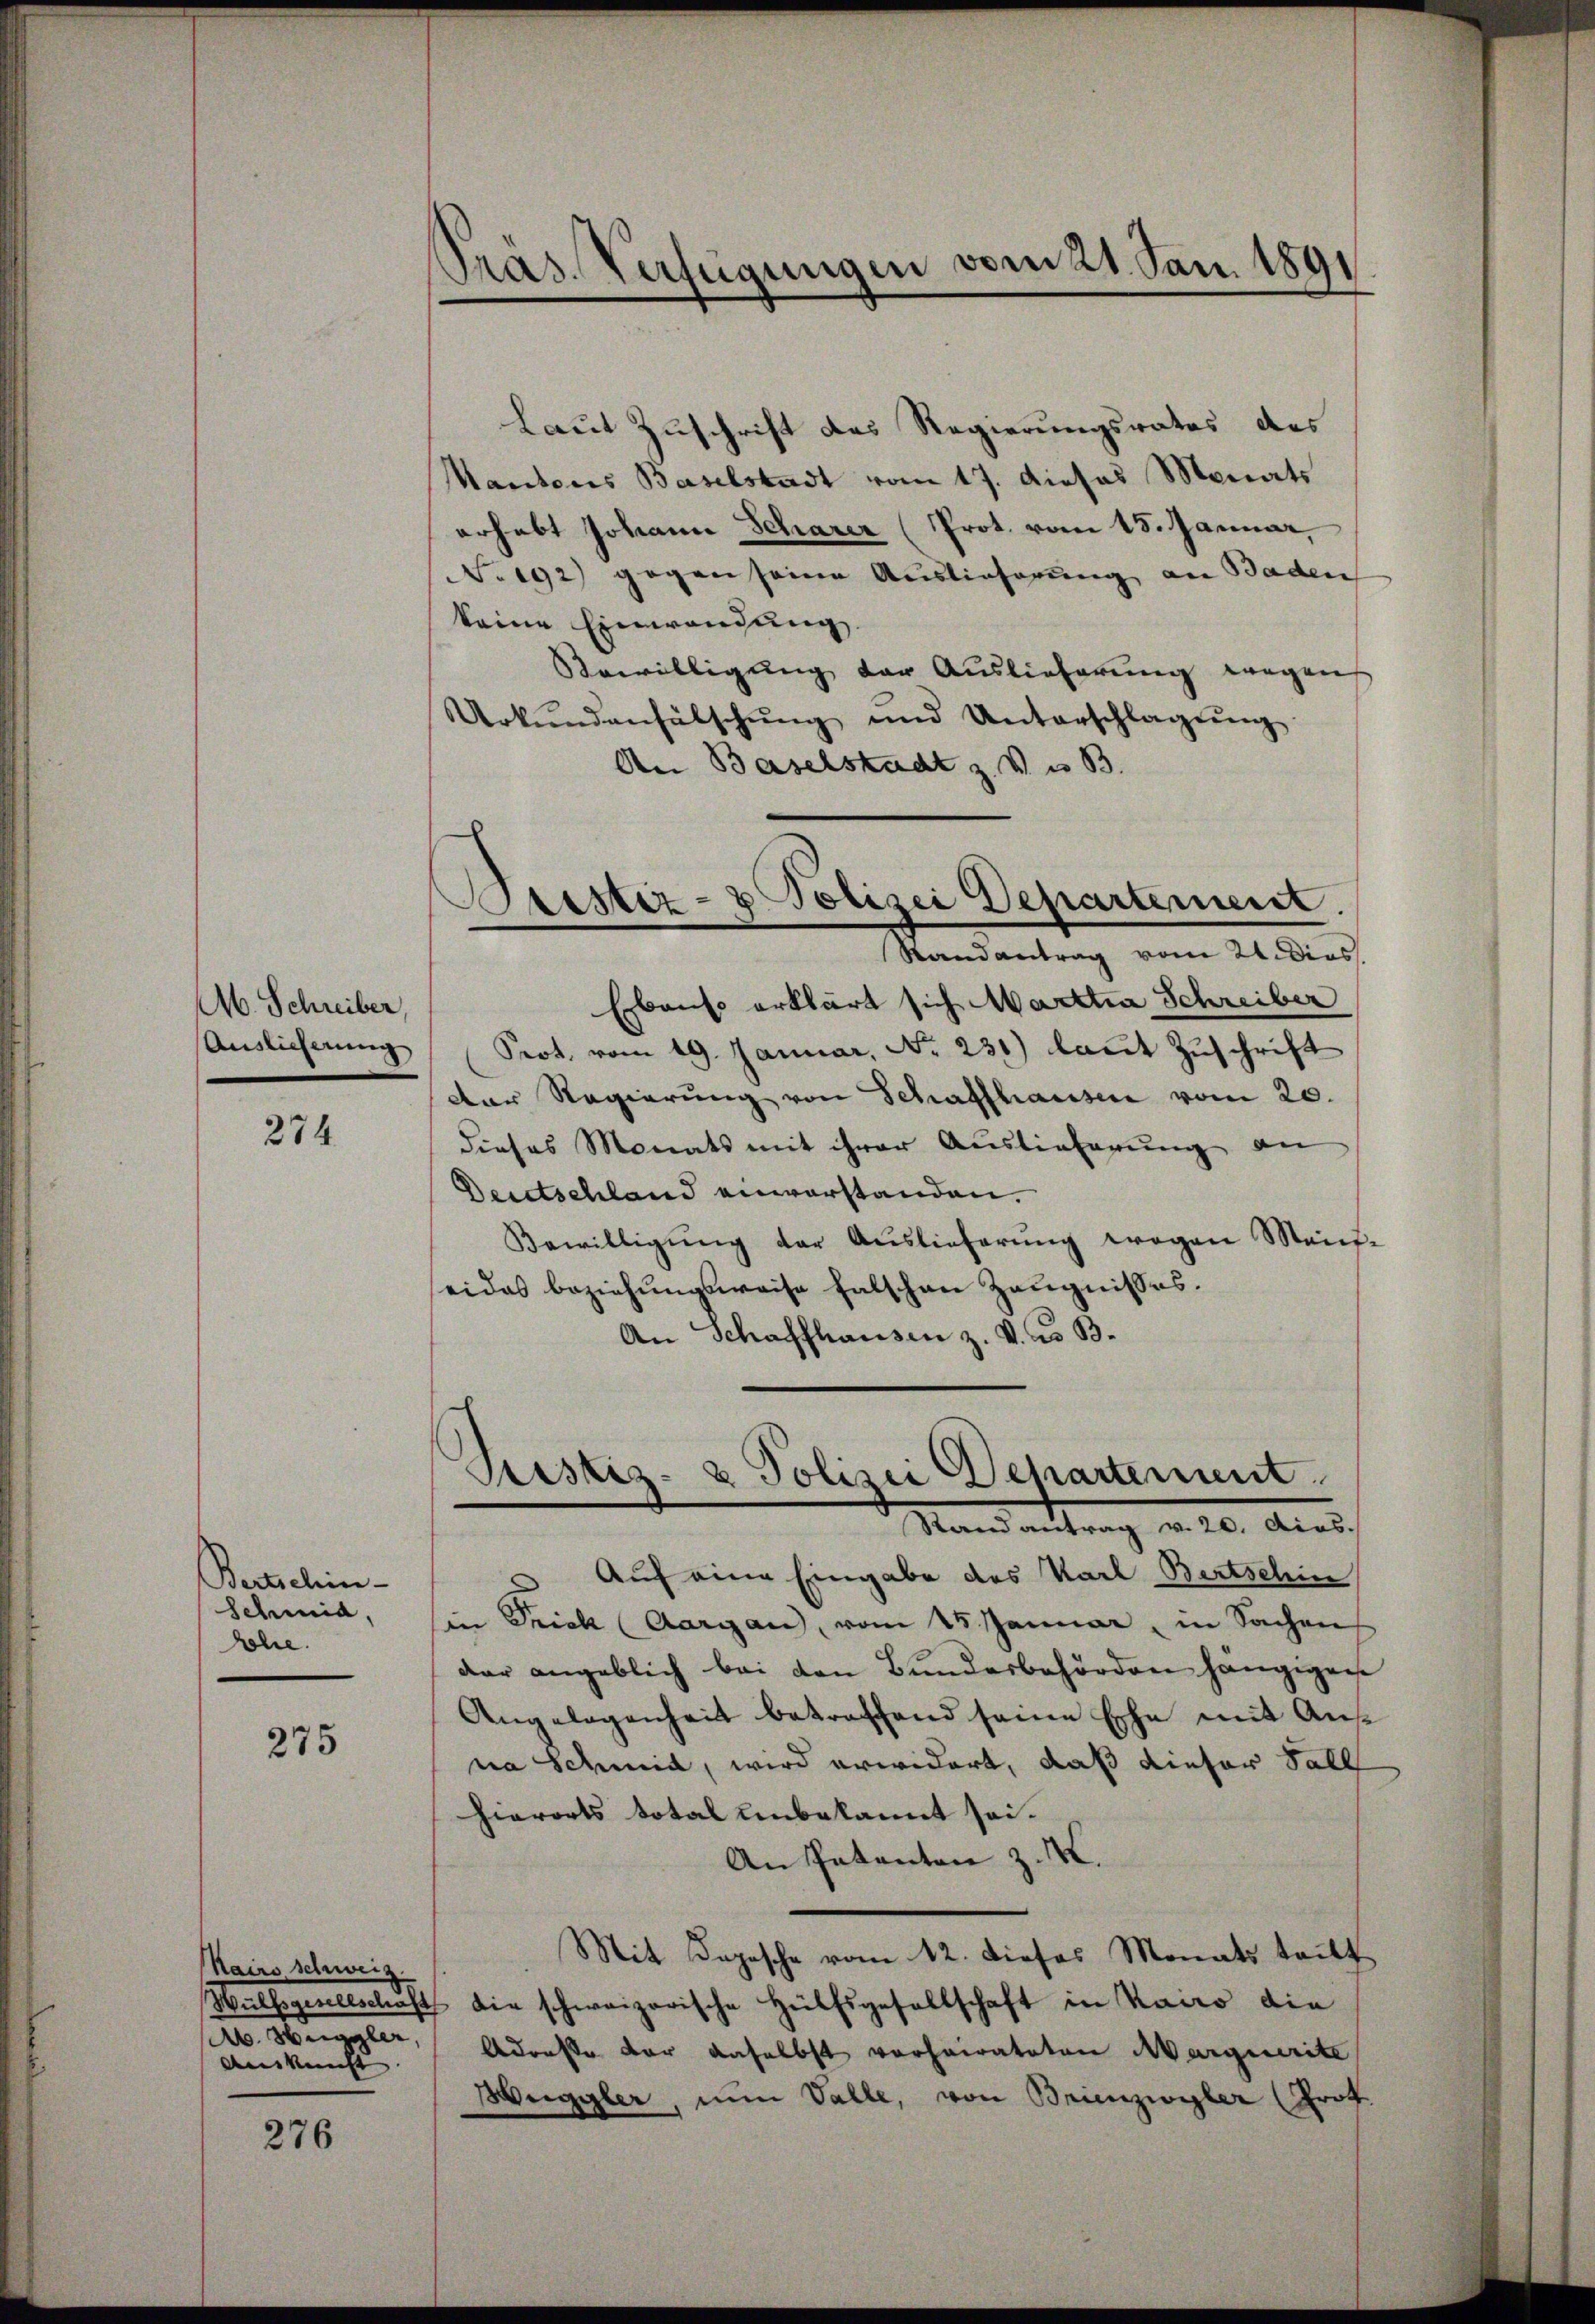
M. Schreiber,
Auslieferung

274.

Bertschin-
Schmid,
hhe.

275

airs schweiz.
Ab. Heggler,
Auskunft |

276

Präs. Verfügungen vom 21. Jan. 1891

Laut Zuschrift des Regierungsrates des
Mantons Baselstadt vom 17. dieses Monats
erhebt Johann Scharer (Prot. vom 15. Januar,
No 192) gegen seine Auslieferung an Baden
keine Einwendung
Bewilligung der Auslieferung wegen
Urkŭndenfälschŭng und Unterschlagsŭng
An Baselstadt z. V. u. B.
Ebenso erklärt sich Marttia Schreiber
Prot. vom 19. Januar, No. 231) laut Zuschrift
Der Regierŭng von Schaffhausen vom 20.
dieses Monats mit ihrer Auslieferung an
Deitschland einverstanden.
Bewilligŭng der Aŭslieferŭng wegen Maif-
eides beziehŭngsweise falschen Zeŭgnisses.
An Schaffhausen z. V. d. B.

Brestiz- & Polizei Departement.
Randantrag vom 21. Dies

Justiz- & Polizei Departement.
Stand antrag von 20. Auss

Auf eine Eingabe des Karl Bertschin
in Frick (Aargau, vom 15. Januar, in Sachen,
dar angeblich bei den Bundesbehörden hängigen
Angelegenheit betreffend seine Ehe mit Anna Schmid, wird erwidert, daß dieser Fall
hierorts total unbekannt sei.
An Patenten z. K.
Mit Kopesche vom 12. dieses Monats teilt
Wülfsgesellschaft die schweizerische Hülfsgesellschaft in Kairo die
Adresse der daselbst vorheirateten Marquerite
Heggler, nun Valle, von Brienzwyler (Prof.